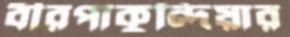
বীরপাকুন্দিয়ার